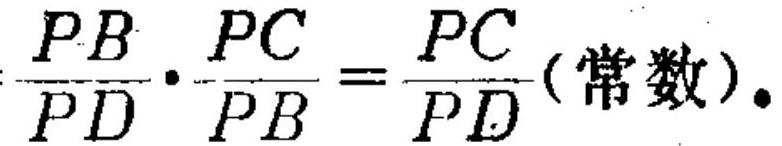
$\dfrac{PB}{PD}\cdot\dfrac{PC}{PB}=\dfrac{PC}{PD}(\text{常数})。$